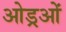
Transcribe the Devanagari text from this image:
ओड्रओं